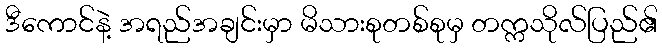
ဒီကောင်နဲ့ အရည်အချင်းမှာ မိသားစုတစ်စုမှ တက္ကသိုလ်ပြည်၏